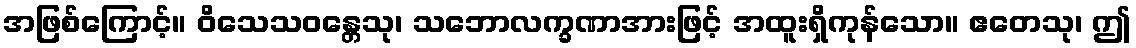
အဖြစ်ကြောင့်။ ဝိသေသဝန္တေသု၊ သဘောလက္ခဏာအားဖြင့် အထူးရှိကုန်သော။ ဧတေသု၊ ဤ